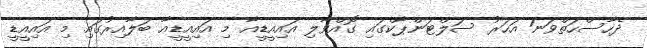
ދެހާސްހަތްވަނަ އަހަރު ސަލްޓަންޕާކްގައި ގޮއްވާލި އައިއީޑީއާ މި އައިއީޑީއާ ބަލާއިރުގައި މި އައިއީޑީ